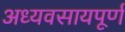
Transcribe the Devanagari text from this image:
अध्यवसायपूर्ण